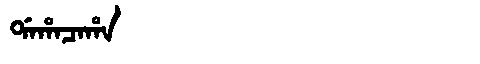
Manchu: ᡩᠠᡥᠠᠴᠠᡥᠠ
Romanization: DAHACAHA